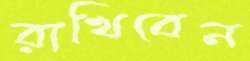
রাখিবেন